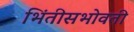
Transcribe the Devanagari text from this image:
भिंतीसभोवती